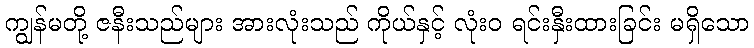
ကျွန်မတို့ ဇနီးသည်များ အားလုံးသည် ကိုယ်နှင့် လုံးဝ ရင်းနှီးထားခြင်း မရှိသော